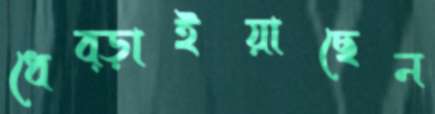
ধেব্‌ড়াইয়াছেন